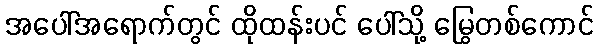
အပေါ်အရောက်တွင် ထိုထန်းပင် ပေါ်သို့ မြွေတစ်ကောင်